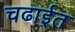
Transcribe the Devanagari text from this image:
चढाईत